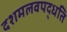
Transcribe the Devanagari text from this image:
दशमलवपद्धति